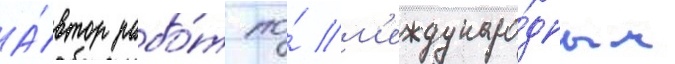
А́втор рабо́т по́ м'еждунаро́дным